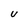
Character: U